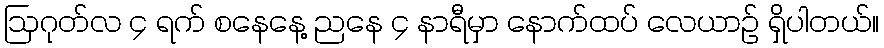
ဩဂုတ်လ ၄ ရက် စနေနေ့ ညနေ ၄ နာရီမှာ နောက်ထပ် လေယာဉ် ရှိပါတယ်။